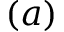
( a )